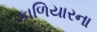
કાળિયારના